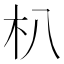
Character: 朳